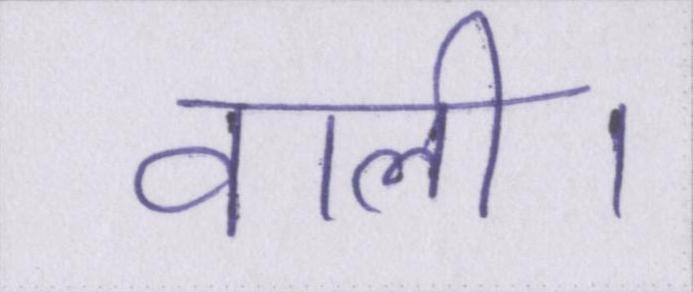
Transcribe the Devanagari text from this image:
वाली।